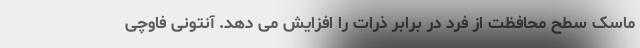
ماسک سطح محافظت از فرد در برابر ذرات را افزایش می دهد. آنتونی فاوچی